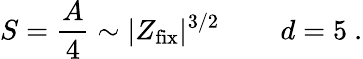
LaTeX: S={\frac{A}{4}}\sim|Z_{\mathrm{fix}}|^{3/2}\, \qquad d=5\ .